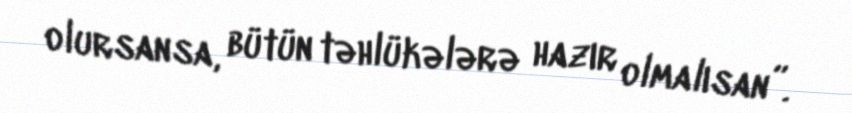
olursansa, bütün təhlükələrə hazır olmalısan”.